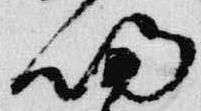
帰